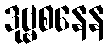
ဒုဗ္ဗစနေန